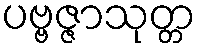
ပဗ္ဗဇ္ဇာသုတ္တ